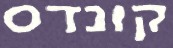
קונדס